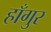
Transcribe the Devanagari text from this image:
हाँगुर